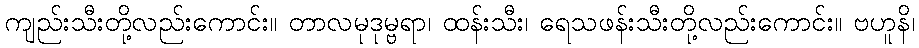
ကျည်းသီးတို့လည်းကောင်း။ တာလမုဒုမ္ဗရာ၊ ထန်းသီး၊ ရေသဖန်းသီးတို့လည်းကောင်း။ ဗဟူနိ၊